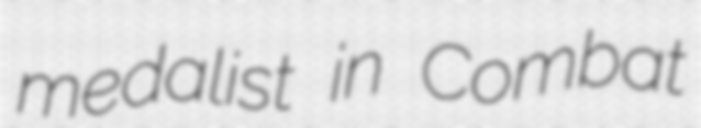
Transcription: medalist in Combat